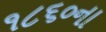
૧૮૬૦ના